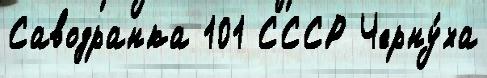
Саводранка 101 СССР Черну́ха